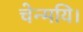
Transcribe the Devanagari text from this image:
चेन्मयि।